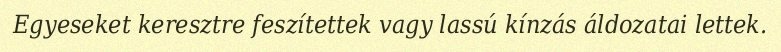
Egyeseket keresztre feszítettek vagy lassú kínzás áldozatai lettek.